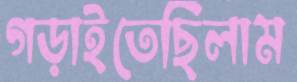
গড়াইতেছিলাম